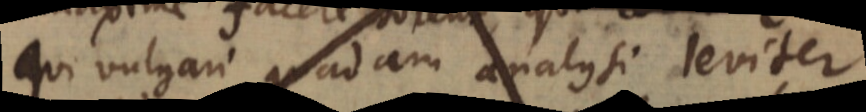
qui vulgari quadam analysi leviter